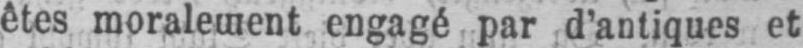
êtes moralement engagé par d’antiques et